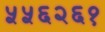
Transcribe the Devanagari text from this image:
५५६२६१